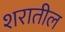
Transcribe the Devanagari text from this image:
शरातील